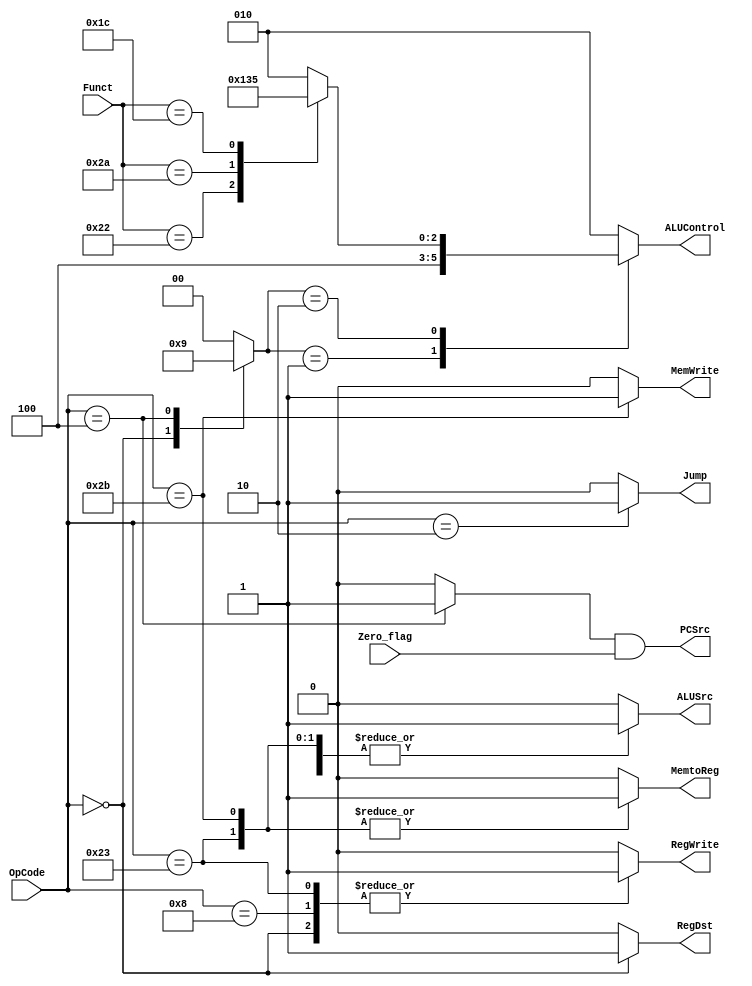
//`timescale 1ns / 1ps
//////////////////////////////////////////////////////////////////////////////////
// Company: 
// 
// Design Name: 
// Module Name: Control_Unit
// Project Name: 
// Target Devices: 
// Tool Versions: 
// Description: 
// 
// Dependencies: 
// 
// Revision:
// Revision 0.01 - File Created
// Additional Comments:
// 
//////////////////////////////////////////////////////////////////////////////////


module Control_Unit #(parameter OpCode_WIDTH = 6 ,Funct_Width = 6 , ALUControl_WIDTH = 3 , ALUOp_WIDTH = 2)
(
 input       [OpCode_WIDTH - 1 : 0]         OpCode ,
 input       [Funct_Width  - 1 : 0]          Funct ,
 input                                       Zero_flag ,
 output  reg                                 MemtoReg ,
 output  reg                                 MemWrite ,
 output  reg                                 PCSrc ,
 output  reg [ALUControl_WIDTH - 1 : 0]      ALUControl ,
 output  reg                                 ALUSrc ,
 output  reg                                 RegDst ,
 output  reg                                 RegWrite  ,
 output  reg                                 Jump
); 
  reg [ALUOp_WIDTH - 1 : 0] ALUOp ;
  reg Branch ;
  always @(*)
  begin
    Jump     = 1'b0 ;
    ALUOp    = 2'b00 ;
    MemWrite = 1'b0 ;
    RegWrite = 1'b0 ;
    RegDst   = 1'b0 ;
    ALUSrc   = 1'b0 ;
    MemtoReg = 1'b0 ;
    Branch   = 1'b0 ;

    // Main Decoder 
    case (OpCode) 
      6'b10_0011 : begin     //load
        RegWrite = 1'b1 ;
        ALUSrc   = 1'b1 ;
        MemtoReg = 1'b1 ;
      end

      6'b10_1011 : begin   //store
        MemWrite = 1'b1 ;
        ALUSrc   = 1'b1 ;
        MemtoReg = 1'b1 ;
      end

      6'b00_0000 : begin   //R Type
        ALUOp    = 2'b10 ;
        RegWrite = 1'b1 ;
        RegDst   = 1'b1 ;
      end

      6'b00_1000 : begin   //addi
        RegWrite = 1'b1 ;
        ALUSrc   = 1'b1 ;
      end

      6'b00_0100 : begin     //branch if equal
        ALUOp  = 2'b01 ;
        Branch = 1'b1 ;
      end

      6'b00_0010 : begin     //jump
        Jump     = 1'b1 ;
      end

      default : begin    
        Jump     = 1'b0 ;
        ALUOp    = 2'b00 ;
        MemWrite = 1'b0 ;
        RegWrite = 1'b0 ;
        RegDst   = 1'b0 ;
        ALUSrc   = 1'b0 ;
        MemtoReg = 1'b0 ;
        Branch   = 1'b0 ;
      end
    endcase 
  end

  always @(*)
  begin
    case(ALUOp)
      2'b00 : ALUControl = 3'b010 ;
      2'b01 : ALUControl = 3'b100 ;
      2'b10 : begin 
        case (Funct)
          6'b10_0000 : ALUControl = 3'b010;
          6'b10_0010 : ALUControl = 3'b100;
          6'b10_1010 : ALUControl = 3'b110;
          6'b01_1100 : ALUControl = 3'b101; 
          default :    ALUControl = 3'b010;
        endcase 
      end
      default: ALUControl = 3'b010;
    endcase
  end

always @(*) begin
 PCSrc = Branch & Zero_flag ;
end
  
endmodule